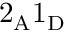
\mathrm { 2 _ { A } 1 _ { D } }